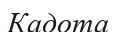
Кадота